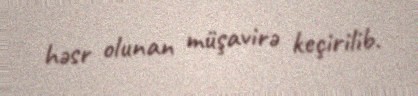
həsr olunan müşavirə keçirilib.